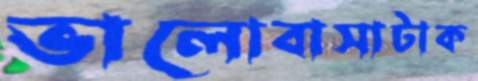
ভালোবাসাটাক